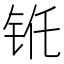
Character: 𮸁